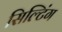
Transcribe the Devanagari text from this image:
सिल्टिंग